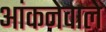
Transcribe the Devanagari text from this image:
आंकनेवाले